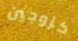
كزوجين